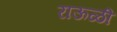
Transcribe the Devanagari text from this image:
राऊळी